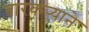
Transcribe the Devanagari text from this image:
वारकर्‍याने